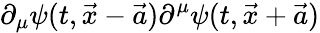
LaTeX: \partial_{\mu}\psi(t,\vec{x}-\vec{a})\partial^{\mu}\psi(t,\vec{x}+\vec{a})